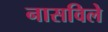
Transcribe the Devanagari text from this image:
नासविले